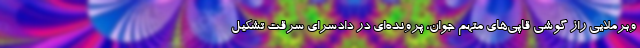
وبرملایی راز گوشی قاپی‌های متهم جوان، پرونده‌ای در دادسرای سرقت تشکیل